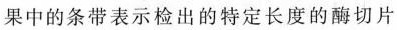
果中的条带表示检出的特定长度的酶切片